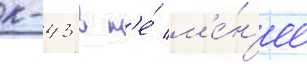
к-43 в н'е́ м'е́н'ее